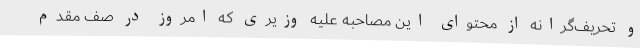
و تحریف‌گرانه از محتوای این مصاحبه علیه وزیری که امروز در صف مقدم